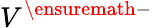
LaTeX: {V}^{\ensuremath{-}}